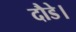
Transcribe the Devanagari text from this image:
दौडे।